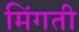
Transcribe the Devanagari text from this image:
मिंगती